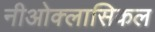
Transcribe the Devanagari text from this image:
नीओक्लासिकल